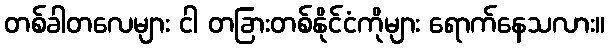
တစ်ခါတလေများ ငါ တခြားတစ်နိုင်ငံကိုများ ရောက်နေသလား။